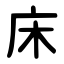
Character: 床